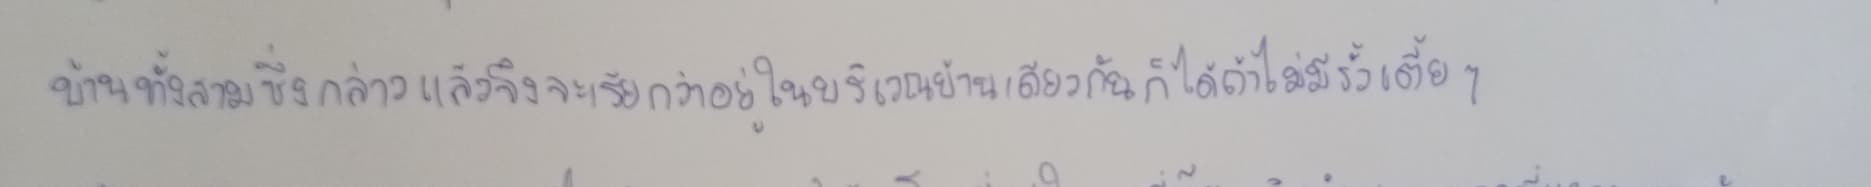
บ้านทั้งสามซึ่งกล่าวแล้วจึงจะเรียกว่าอยู่ในบริเวณบ้านเดียวกันก็ได้ถ้าไม่มีรั้วเตี้ยๆ